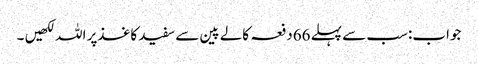
جواب:سب سے پہلے 66دفعہ کالے پین سے سفید کاغذپر اللہ لکھیں ۔